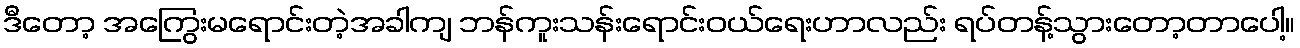
ဒီတော့ အကြွေးမရောင်းတဲ့အခါကျ ဘန်ကူးသန်းရောင်းဝယ်ရေးဟာလည်း ရပ်တန့်သွားတော့တာပေါ့။